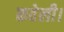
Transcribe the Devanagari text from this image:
कवेली।